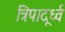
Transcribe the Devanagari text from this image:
त्रिपादूर्ध्व